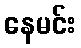
နေမင်း